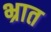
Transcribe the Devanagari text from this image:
भ्रात